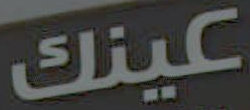
عينك